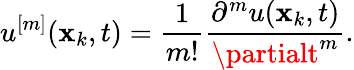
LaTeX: u^{[m]}(\mathbf{x}_{k},t)=\frac{{1}}{{m!}}\frac{{\partial^{m}u(\mathbf{x}_{k},t)}}{{\partialt^{m}}}.